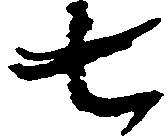
七